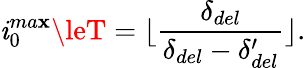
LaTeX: \mathit{i}_{0}^{ma\mathbf{x}}\leT=\lfloor\frac{{\delta_{del}}}{{\delta_{del}-\delta_{del}^{\prime}}}\rfloor.